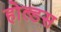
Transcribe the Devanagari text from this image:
होल्डस